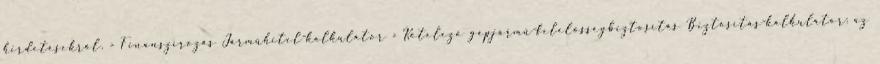
hirdetésekről. › Finanszírozás Járműhitel-kalkulátor › Kötelező gépjármű-felelősségbiztosítás Biztosítás-kalkulátor: az